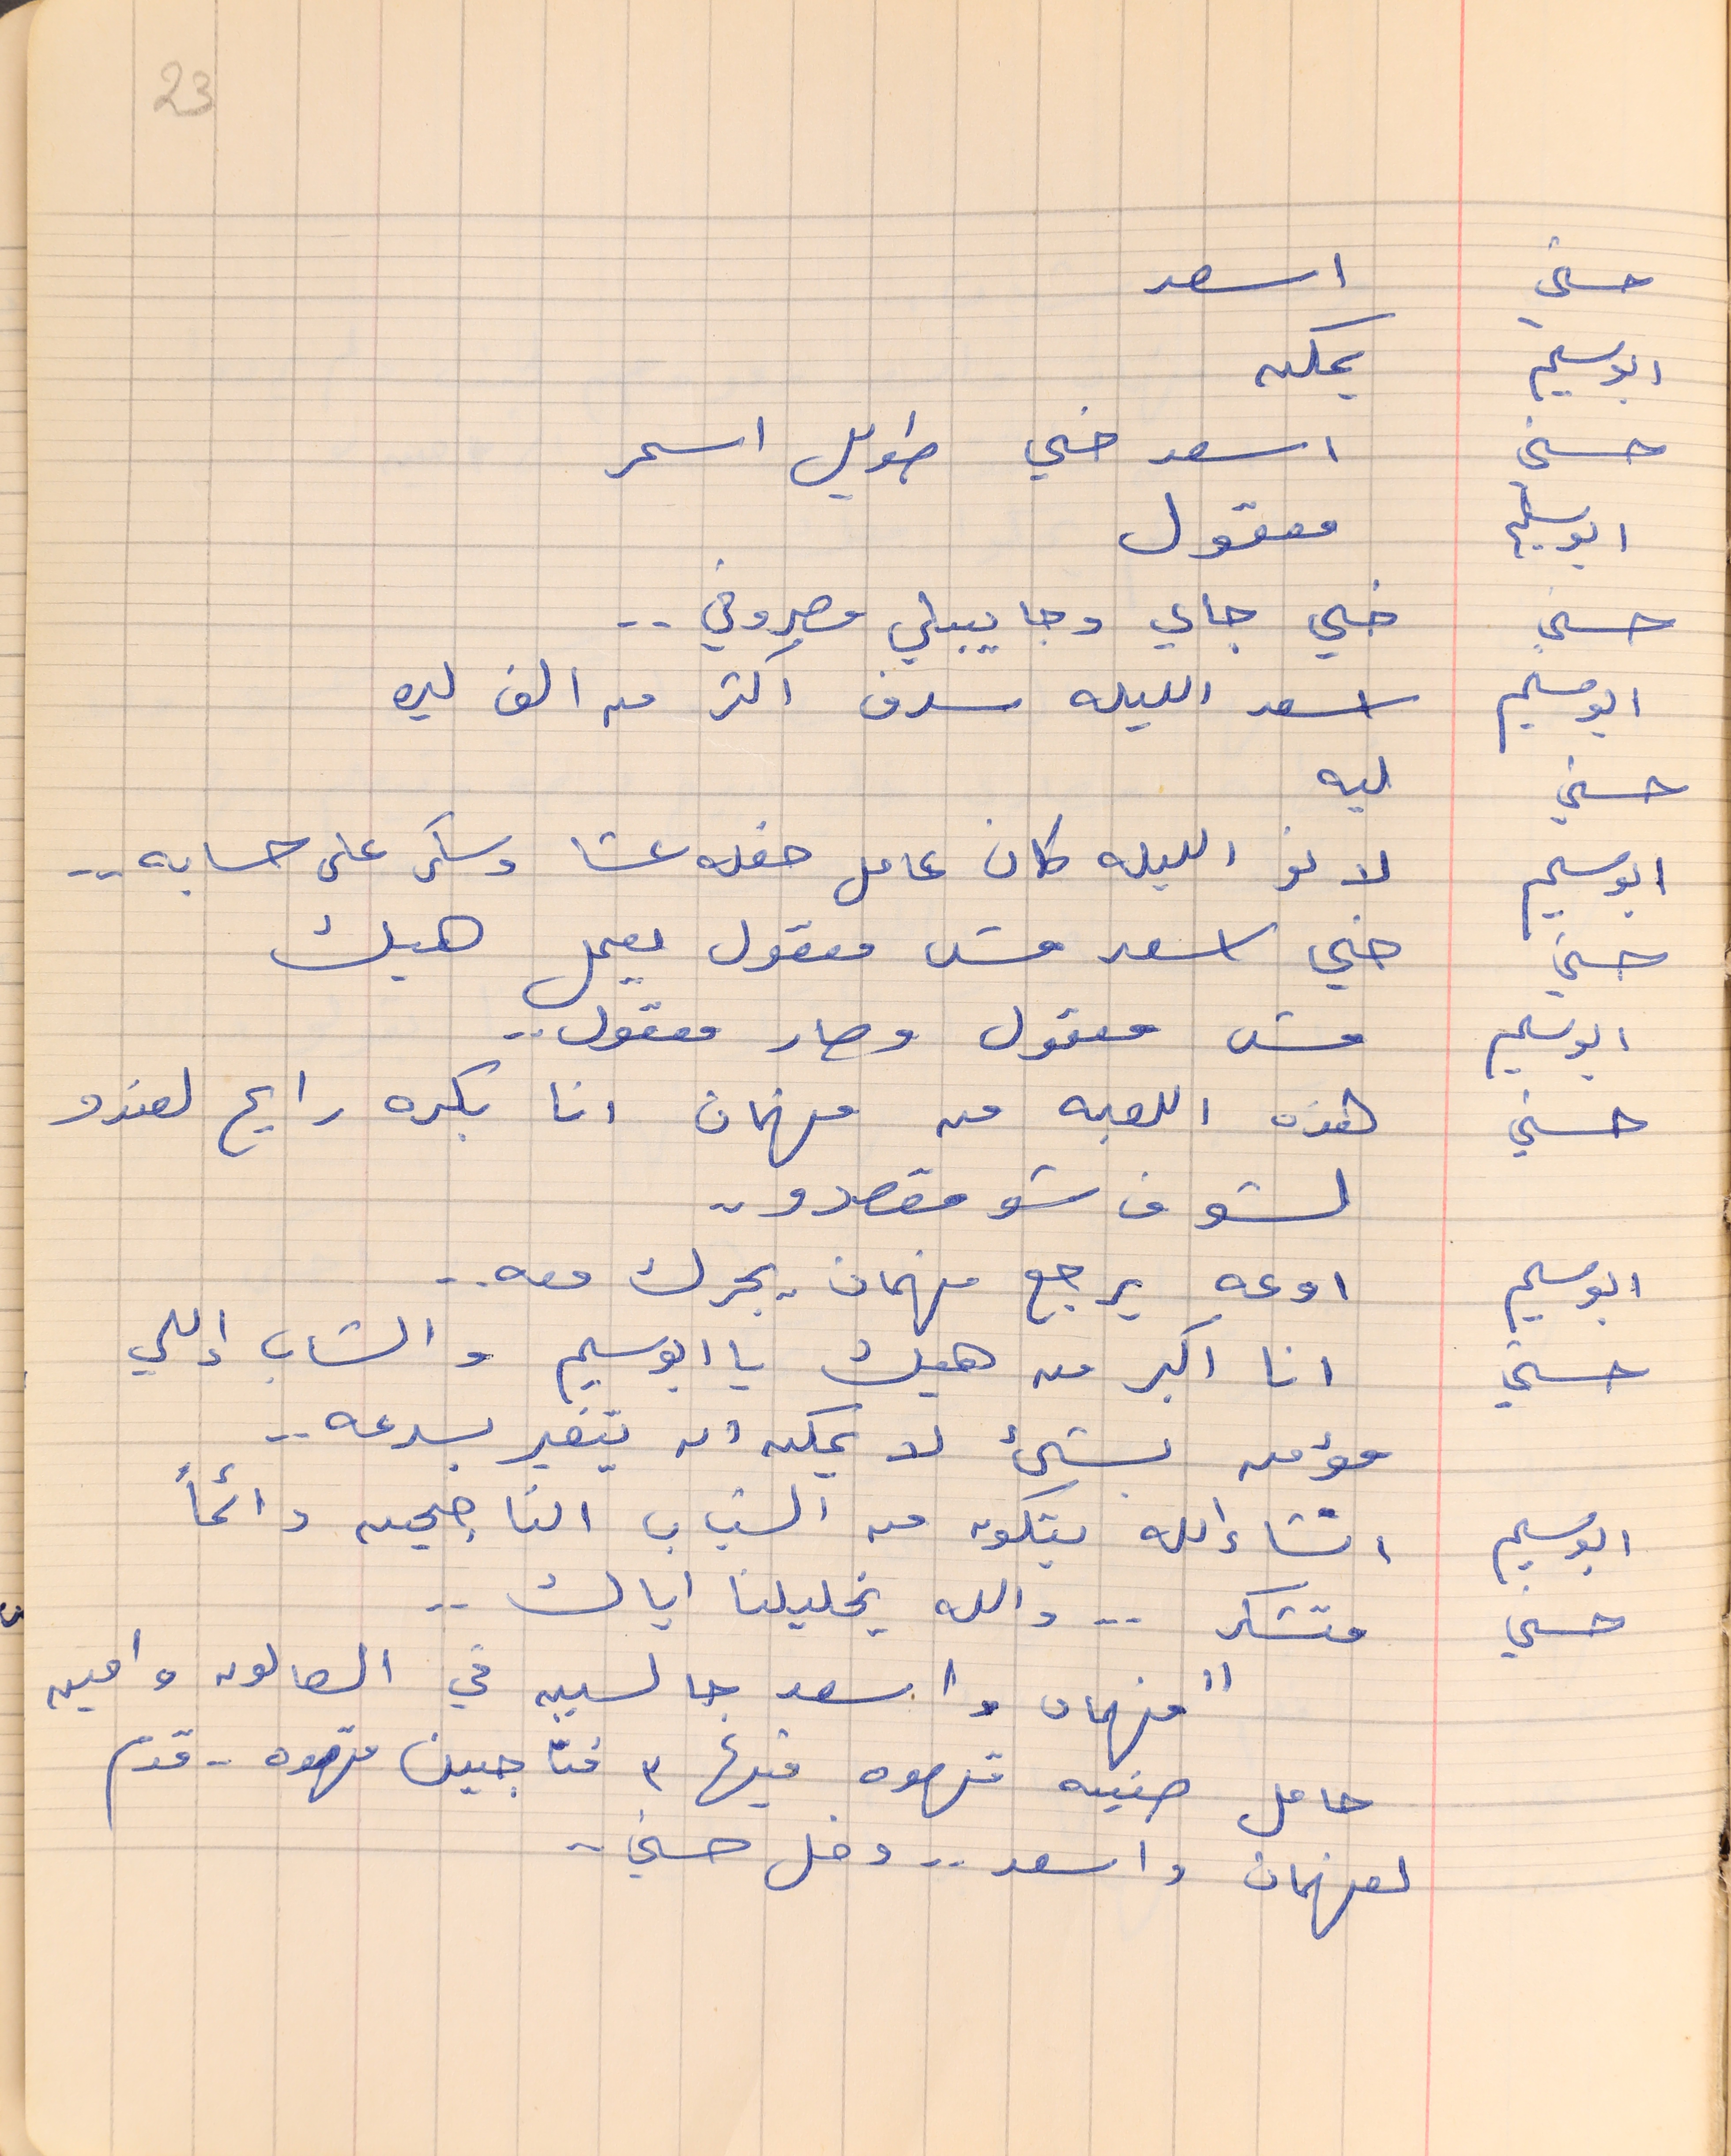
حسني     اسعد
ابو سليم     يمكن
حسني     اسعد خي طويل اسمر
ابو سليم     معقول
حسني    خي جاي وجايبلي مصروفي . .
ابو سليم     اسعد الليله سرف اكتر من الف ليره
حسني    ليه
ابو سليم     لانو الليله كان عامل حفله عشا وسكر على حسابه  . .
حسني    خي اسعد مش معقول يعمل هيك
ابو سليم     مش معقول وصار معقول . .
حسني    هذه اللعبه من فهمان انا بكره رايح لعندو
لشوف شو مقصدو . .
ابو سليم     اوعه يرجع فهمان يجرك معه . .
حسني   انا اكبر من هيك يا ابو سليم والشاب إللي
مؤمن بشىء لا يمكنه ان يتغير بسرعه . .
ابو سليم     انشاء الله بتكون من الشباب الناجحين دائماً
حسني     متشكر . . والله يخليلنا اياك . .
"فهمان واسعد جالسين في الصالون وامين
حامل صنيه قهوه فيها ٣ فناجين قهوه . . قدم
لفهمان واسعد  . . وضل حسني . .
23